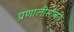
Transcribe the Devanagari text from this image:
प्रणालीसोबत